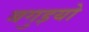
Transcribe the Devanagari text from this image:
बगुइयो